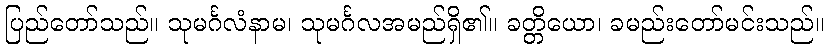
ပြည်တော်သည်။ သုမင်္ဂလံနာမ၊ သုမင်္ဂလအမည်ရှိ၏။ ခတ္တိယော၊ ခမည်းတော်မင်းသည်။